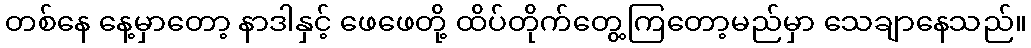
တစ်နေ နေ့မှာတော့ နာဒါနှင့် ဖေဖေတို့ ထိပ်တိုက်တွေ့ကြတော့မည်မှာ သေချာနေသည်။